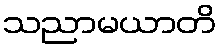
သညာမယာတိ